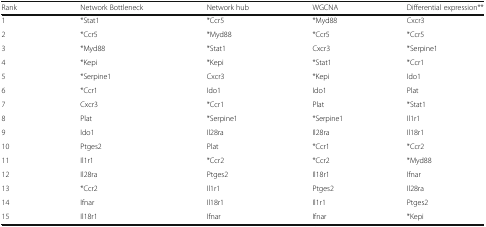
<table><thead><tr><td><b>Rank</b></td><td><b>Network Bottleneck</b></td><td><b>Network hub</b></td><td><b>WGCNA</b></td><td><b>Differential expression**</b></td></tr></thead><tbody><tr><td>1</td><td>*Stat1</td><td>*Ccr5</td><td>*Myd88</td><td>Cxcr3</td></tr><tr><td>2</td><td>*Ccr5</td><td>*Myd88</td><td>*Ccr5</td><td>*Ccr5</td></tr><tr><td>3</td><td>*Myd88</td><td>*Stat1</td><td>Cxcr3</td><td>*Serpine1</td></tr><tr><td>4</td><td>*Kepi</td><td>*Kepi</td><td>*Stat1</td><td>*Ccr1</td></tr><tr><td>5</td><td>*Serpine1</td><td>Cxcr3</td><td>*Kepi</td><td>Ido1</td></tr><tr><td>6</td><td>*Ccr1</td><td>Ido1</td><td>Ido1</td><td>Plat</td></tr><tr><td>7</td><td>Cxcr3</td><td>*Ccr1</td><td>Plat</td><td>*Stat1</td></tr><tr><td>8</td><td>Plat</td><td>*Serpine1</td><td>*Serpine1</td><td>Il1r1</td></tr><tr><td>9</td><td>Ido1</td><td>Il28ra</td><td>Il28ra</td><td>Il18r1</td></tr><tr><td>10</td><td>Ptges2</td><td>Plat</td><td>*Ccr1</td><td>*Ccr2</td></tr><tr><td>11</td><td>Il1r1</td><td>*Ccr2</td><td>*Ccr2</td><td>*Myd88</td></tr><tr><td>12</td><td>Il28ra</td><td>Ptges2</td><td>Il18r1</td><td>Ifnar</td></tr><tr><td>13</td><td>*Ccr2</td><td>Il1r1</td><td>Ptges2</td><td>Il28ra</td></tr><tr><td>14</td><td>Ifnar</td><td>Il18r1</td><td>Il1r1</td><td>Ptges2</td></tr><tr><td>15</td><td>Il18r1</td><td>Ifnar</td><td>Ifnar</td><td>*Kepi</td></tr></tbody></table>